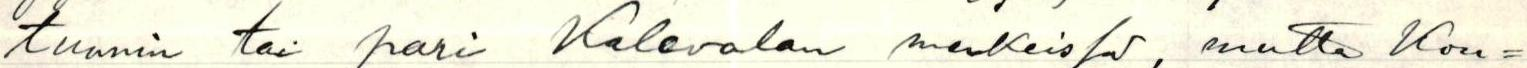
tunnin tai pari Kalevalan merkeissä, mutta kou=